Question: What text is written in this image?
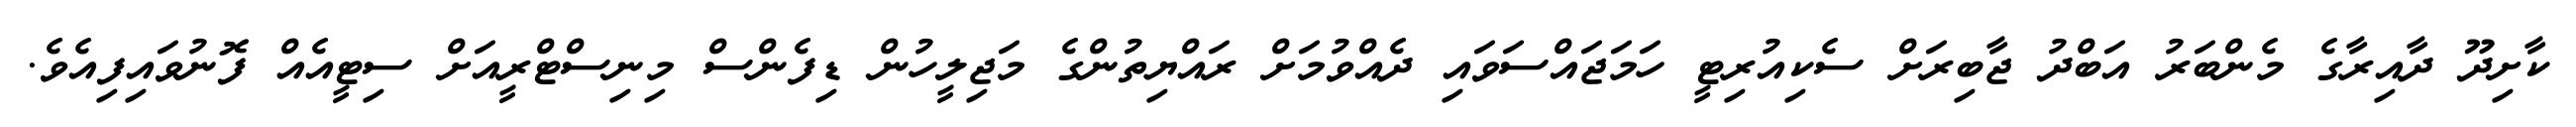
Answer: ކާށިދޫ ދާއިރާގެ މެންބަރު އަބްދު ޖާބިރަށް ސެކިއުރިޓީ ހަމަޖައްސަވައި ދެއްވުމަށް ރައްޔިތުންގެ މަޖިލީހުން ޑިފެންސް މިނިސްޓްރީއަށް ސިޓީއެއް ފޮނުވައިފިއެވެ.